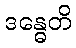
ဒန္ဓေတိ